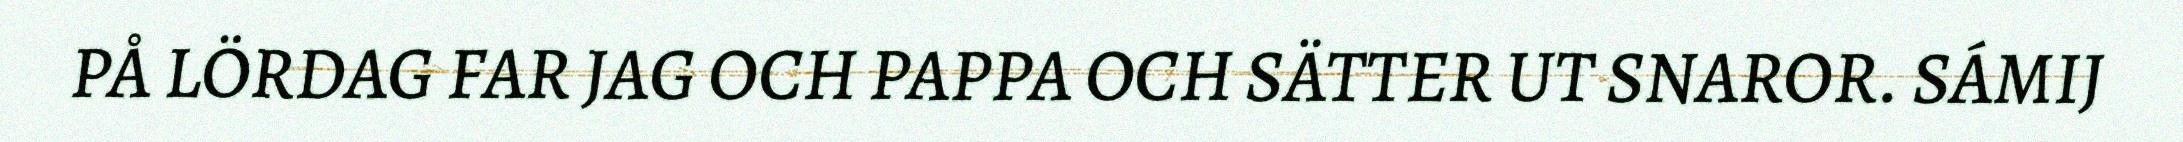
PÅ LÖRDAG FAR JAG OCH PAPPA OCH SÄTTER UT SNAROR. SÁMIJ